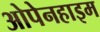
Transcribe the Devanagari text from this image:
ओपेनहाइम